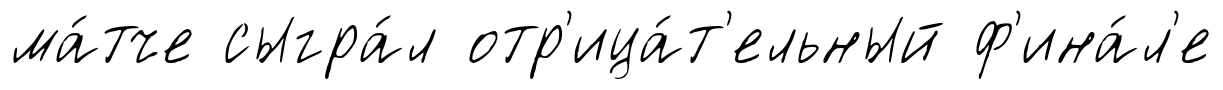
ма́тче сыгра́л отр'ица́т'ельный ф'ина́л'е